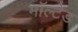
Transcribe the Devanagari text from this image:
मॉल्टेड